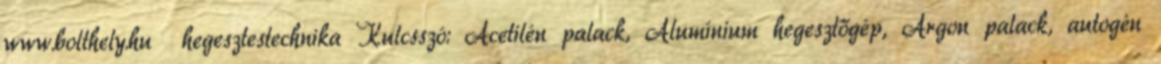
www.bolthely.hu hegesztestechnika Kulcsszó: Acetilén palack, Alumínium hegesztőgép, Argon palack, autogén